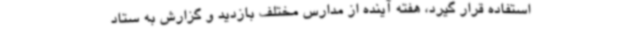
استفاده قرار گیرد، هفته آینده از مدارس مختلف بازدید و گزارش به ستاد